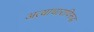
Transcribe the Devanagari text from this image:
अत्याचाराविरूद्ध